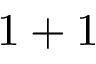
1 + 1